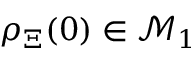
\rho _ { \Xi } ( 0 ) \in \mathcal { M } _ { 1 }